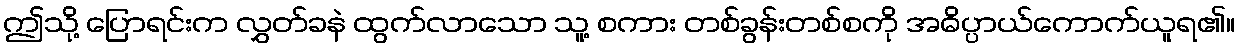
ဤသို့ ပြောရင်းက လွှတ်ခနဲ ထွက်လာသော သူ့ စကား တစ်ခွန်းတစ်စကို အဓိပ္ပာယ်ကောက်ယူရ၏။